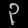
Digit: ၃